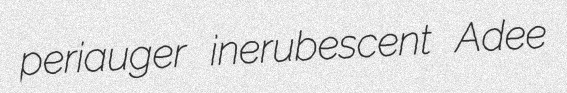
periauger inerubescent Adee